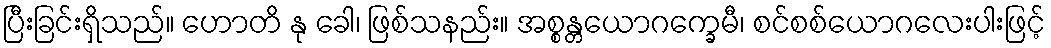
ပြီးခြင်းရှိသည်။ ဟောတိ နု ခေါ၊ ဖြစ်သနည်း။ အစ္စန္တယောဂက္ခေမီ၊ စင်စစ်ယောဂလေးပါးဖြင့်